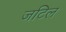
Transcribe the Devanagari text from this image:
जटिल